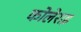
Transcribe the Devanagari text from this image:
कोलेराइ